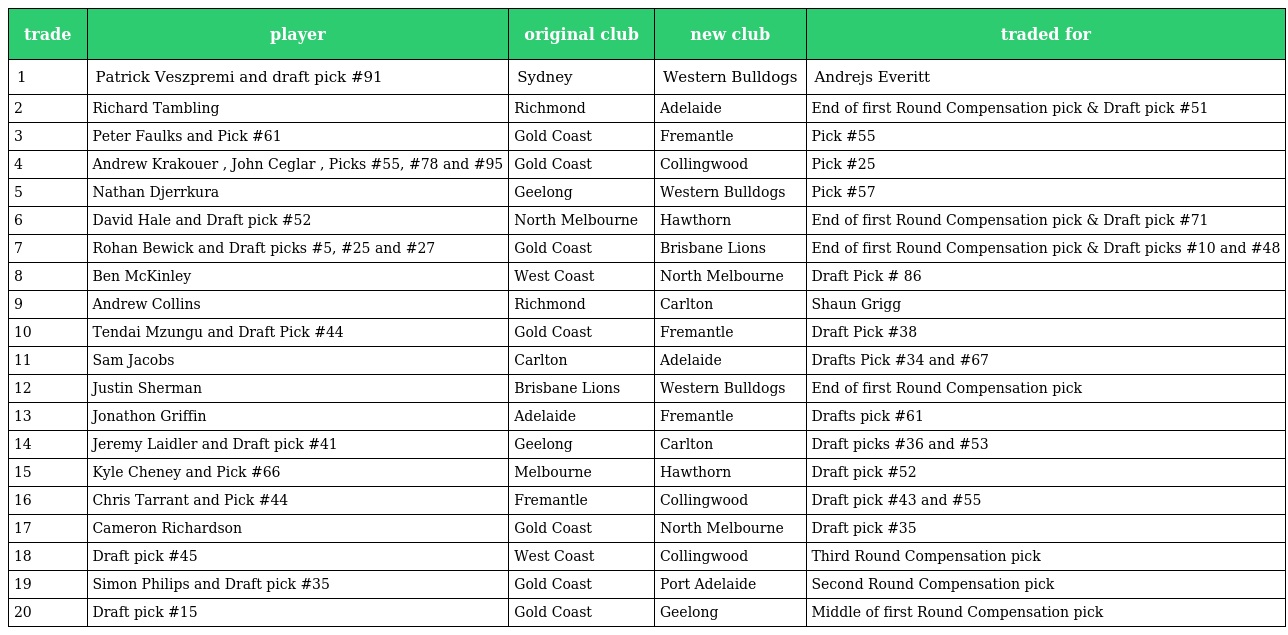
| trade | player | original club | new club | traded for |
 | --- | --- | --- | --- | --- |
 | 1 | Patrick Veszpremi and draft pick #91 | Sydney | Western Bulldogs | Andrejs Everitt |
 | 2 | Richard Tambling | Richmond | Adelaide | End of first Round Compensation pick & Draft pick #51 |
 | 3 | Peter Faulks and Pick #61 | Gold Coast | Fremantle | Pick #55 |
 | 4 | Andrew Krakouer , John Ceglar , Picks #55, #78 and #95 | Gold Coast | Collingwood | Pick #25 |
 | 5 | Nathan Djerrkura | Geelong | Western Bulldogs | Pick #57 |
 | 6 | David Hale and Draft pick #52 | North Melbourne | Hawthorn | End of first Round Compensation pick & Draft pick #71 |
 | 7 | Rohan Bewick and Draft picks #5, #25 and #27 | Gold Coast | Brisbane Lions | End of first Round Compensation pick & Draft picks #10 and #48 |
 | 8 | Ben McKinley | West Coast | North Melbourne | Draft Pick # 86 |
 | 9 | Andrew Collins | Richmond | Carlton | Shaun Grigg |
 | 10 | Tendai Mzungu and Draft Pick #44 | Gold Coast | Fremantle | Draft Pick #38 |
 | 11 | Sam Jacobs | Carlton | Adelaide | Drafts Pick #34 and #67 |
 | 12 | Justin Sherman | Brisbane Lions | Western Bulldogs | End of first Round Compensation pick |
 | 13 | Jonathon Griffin | Adelaide | Fremantle | Drafts pick #61 |
 | 14 | Jeremy Laidler and Draft pick #41 | Geelong | Carlton | Draft picks #36 and #53 |
 | 15 | Kyle Cheney and Pick #66 | Melbourne | Hawthorn | Draft pick #52 |
 | 16 | Chris Tarrant and Pick #44 | Fremantle | Collingwood | Draft pick #43 and #55 |
 | 17 | Cameron Richardson | Gold Coast | North Melbourne | Draft pick #35 |
 | 18 | Draft pick #45 | West Coast | Collingwood | Third Round Compensation pick |
 | 19 | Simon Philips and Draft pick #35 | Gold Coast | Port Adelaide | Second Round Compensation pick |
 | 20 | Draft pick #15 | Gold Coast | Geelong | Middle of first Round Compensation pick |